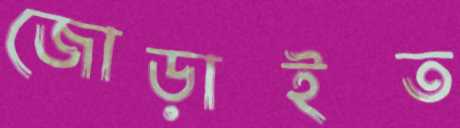
জোড়াইত